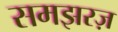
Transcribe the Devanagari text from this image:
समझरज़